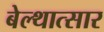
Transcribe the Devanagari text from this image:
बेल्थात्सार